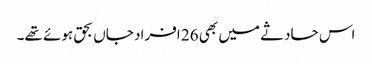
اس حادثے میں بھی 26 افراد جاں بحق ہوئے تھے۔